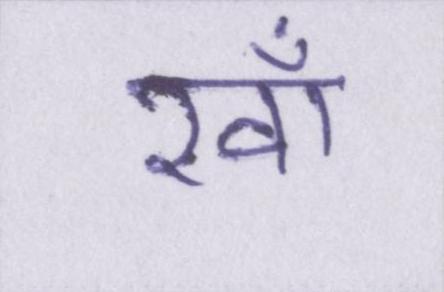
खाँ